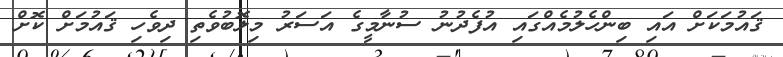
ޤައުމަކަށް އައި ބިންހެލުމެއްގައި އުފެދުނު ސުނާމީގެ އަސަރު މިލޮބުވެތި ދިވެހި ޤައުމަށް ކޮށް